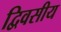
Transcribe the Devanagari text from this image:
द्विवसीय